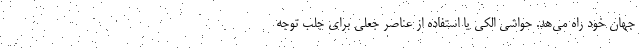
جهان خود راه می‌هد. حواشی الکی یا استفاده از عناصر جعلی برای جلب توجه